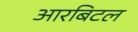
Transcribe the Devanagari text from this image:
आरबिटल